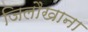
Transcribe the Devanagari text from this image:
जिलौखाना